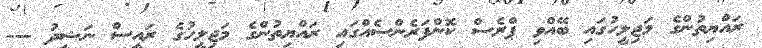
ރައްޔިތުންގެ މަޖިލީހުގައި ބޭއްވި ޕްރެސް ކޮންފަރެންސެއްގައި ރައްޔިތުންގެ މަޖިލީހުގެ ރައީސް ނަޝީދު ---